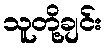
သူတို့ချင်း